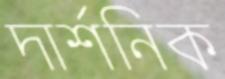
দার্শনিক